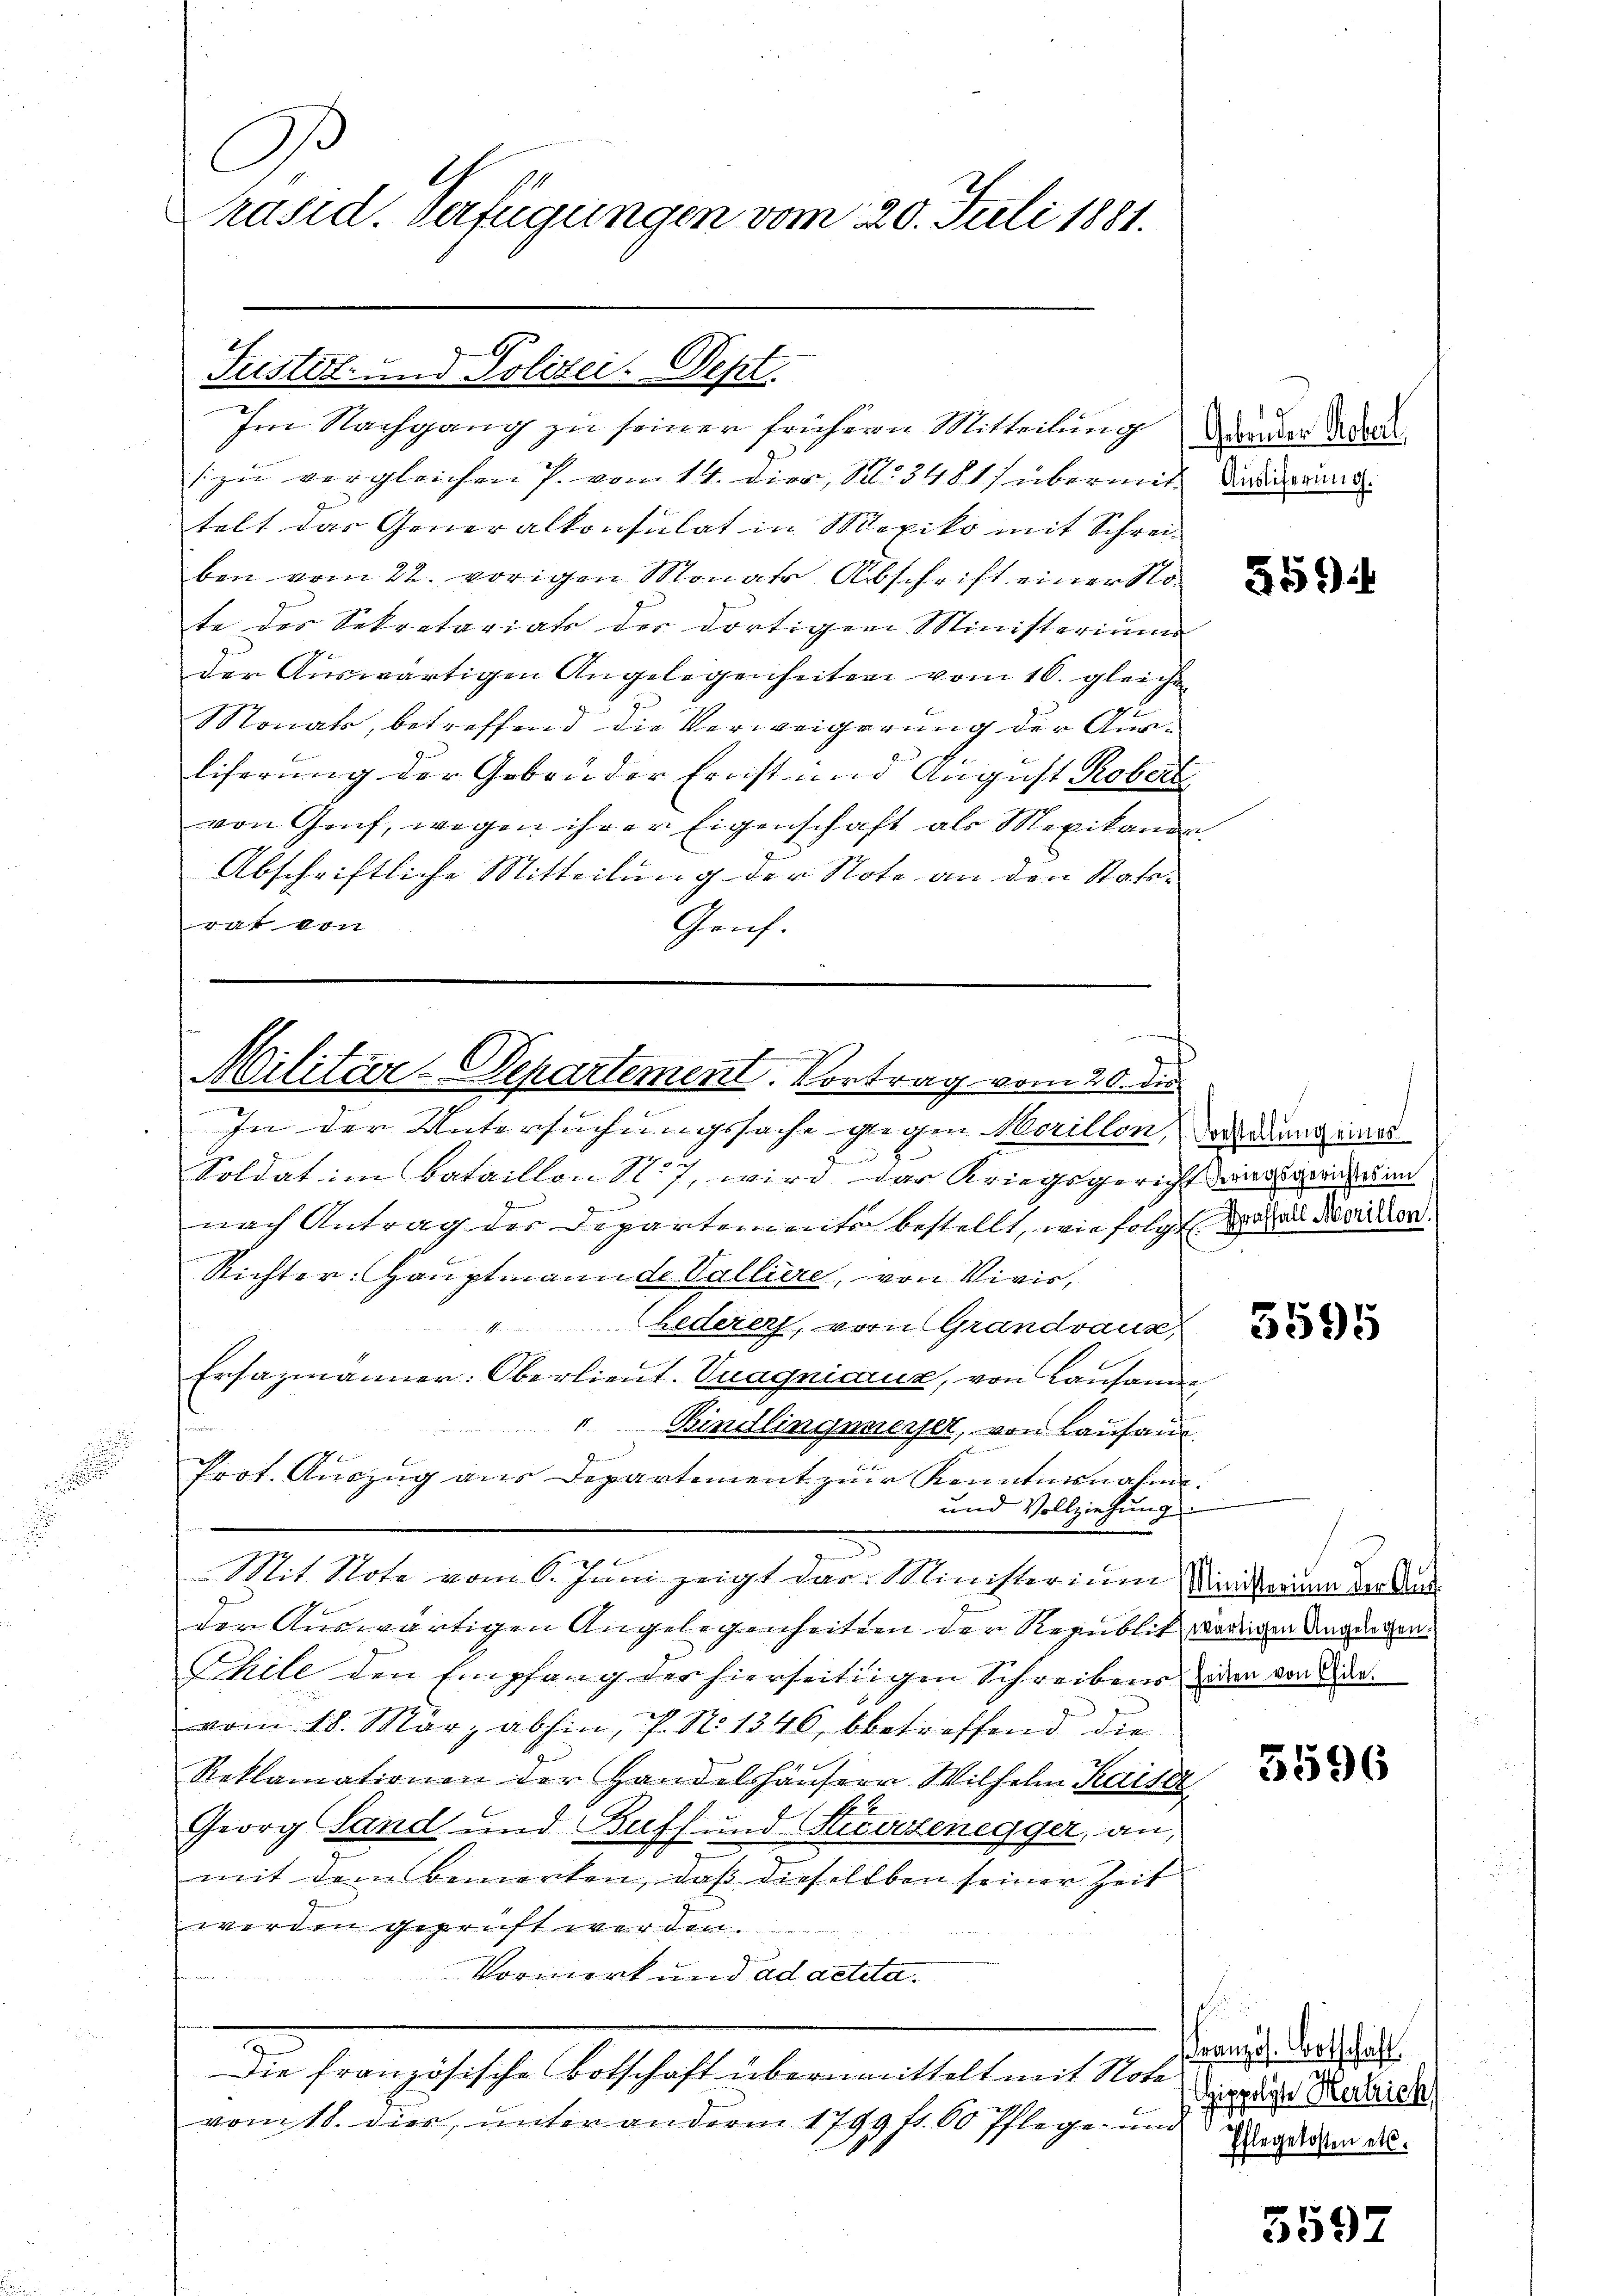
O
Präsid. Verfügungen vom 20. Juli 1881.

Justiz- und Polizei. Sept.

Im Nachgang zu seiner frühern Mitteilung der der Todesszu vergleichen P. vom 14. Dier, 103481/ übermit Badispanne
telt das Generalkonsulat in Mexiko mit Schreiben vom 22. vorigen Monats Abschrift einer Note des Sekretariats der dortigen Ministerium
der Auswärtigen Angelegenheiten vom 10. gleiche
Monats, betreffend die Verweigerung der Ausliferung der Gebrüder Ernst und August Robert
von Genf, wegen ihrer Eigenschaft als Mexikaner
Abschriftliche Mitteilung der Note an den Stats-
 k
Gruf.

Militär-Departement. Vortrag vom 20. die

.
In der Untersuchungssache gegen Morillon, wordung eines
2
Soldat im Bataillon N. 7, wird das Kriegsgericht ausgerin den
nach Antrag der Departemente bestellt, wie folgt, da an dauer
Richter: Hauptmann de Valliere, von Vivis,
"Gederer, von Grandvaus
Ersazmanner: Oberlieut. Vuagnicaux, von Lausanne
Bindlingenersel, von Lausam
Prot. Auszug aus Departement zur Kenntnisnahm
und Vollziehung
Mit Note vom 6. Juni zeigt dar. Ministerium Sindleinen denken
der Auswärtigen Angelegenheite der Republik wenigen Angingen
Schile den Empfang der hierseitigen Schreibens den von de
vom 18. März abhin, P. N. 1346, bbetreffend die
Reklamationen der Handelshäusern Wilhelm Kaiser
Georg Land und Buff und Kuratenegger, an,
mit dem bemerken, daß dieselben seiner Zeit
werden geprüft werden.
Vormerk und ad acteta.
Die französische Botschaft übermittelt mit Note
vom 18. dies, unter andern 1799 fl. 60 Pflege und

359

5595

5596

ranzös. Botschaft
ippolyte Herzeich
Pflegekosten etc.

5597